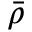
\bar { \rho }